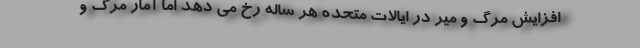
افزایش مرگ و میر در ایالات متحده هر ساله رخ می دهد اما آمار مرگ و